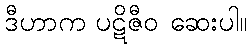
ဒီဟာက ပဋိဇီဝ ဆေးပါ။